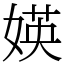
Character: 媖